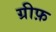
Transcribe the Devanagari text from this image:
ग्रीफ़